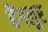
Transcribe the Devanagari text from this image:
बैंगलुर